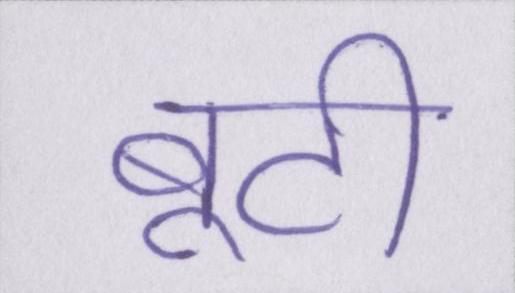
बूटी